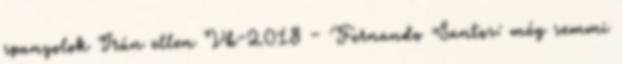
spanyolok Irán ellen Vb-2018 – Fernando Santos: még semmi